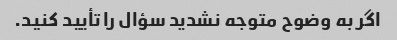
اگر به وضوح متوجه نشدید سؤال را تأیید کنید.